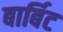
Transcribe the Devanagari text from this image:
बार्बिट